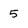
Character: 5